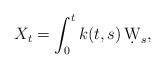
\begin{align*}X_t= \int_0^t k(t,s)\, \d W_s,\end{align*}